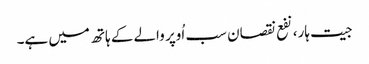
جیت ہار، نفع نقصان سب اُوپر والے کے ہاتھ میں ہے۔